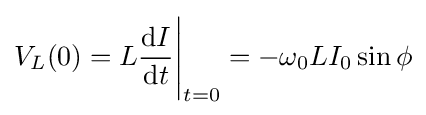
V_{L}(0)=L{\frac {\mathrm {d} I}{\mathrm {d} t}}{\Bigg |}_{t=0}=-\omega _{0}LI_{0}\sin \phi